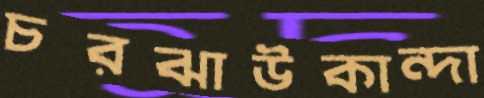
চরঝাউকান্দা